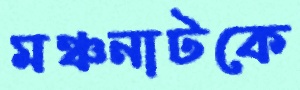
মঞ্চনাটকে